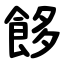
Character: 䬷